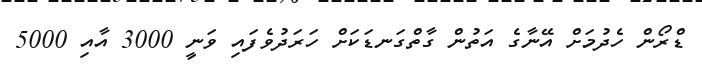
ޑްރޯން ހެދުމަށް އޭނާގެ އަތުން ގާތްގަނޑަކަށް ހަރަދުވެފައި ވަނީ 3000 އާއި 5000